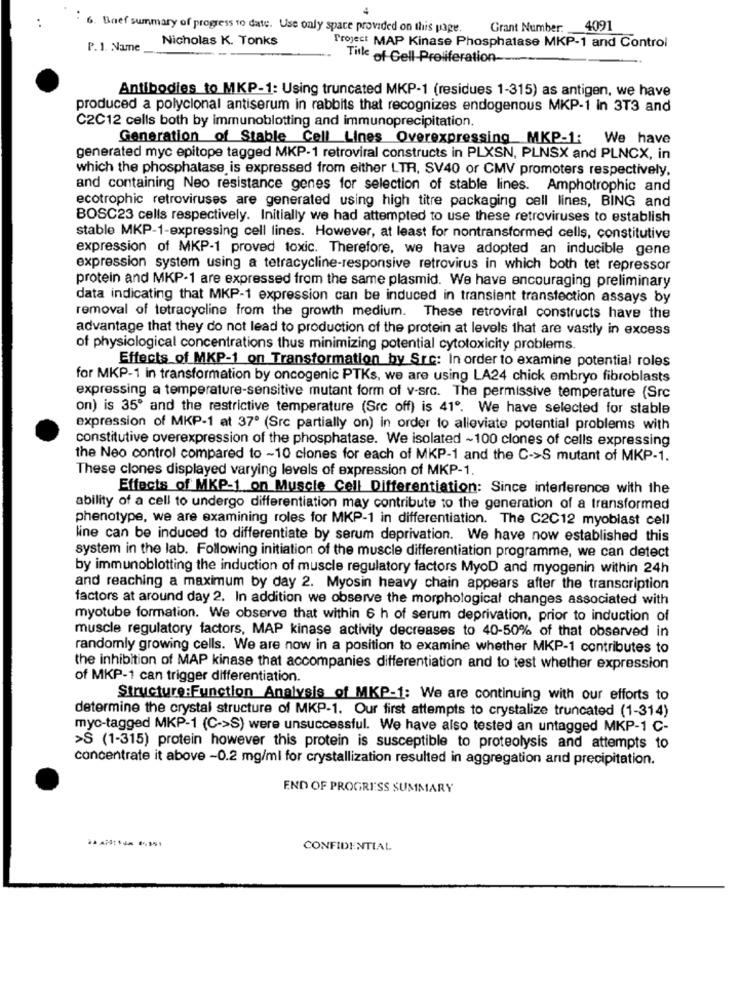
6. Brief summary of progress to date. Use only space provided on this page.
Grant Number: 4091
Nicholas K. Tonks
P. 1. Name
Project MAP Kinase Phosphatase MKP-1 and Control
Title of Cell-Proliferation-
Antibodies to MKP-1: Using truncated MKP-1 (residues 1-315) as antigen, we have
produced a polyclonal antiserum in rabbits that recognizes endogenous MKP-1 in 3T3 and
C2C12 cells both by immunoblotting and immunoprecipitation.
Generation of Stable Cell Lines Overexpressing MKP-1: We have
generated myc epitope tagged MKP-1 retroviral constructs in PLXSN, PLNSX and PLNCX, in
which the phosphatase is expressed from either LTR, SV40 or CMV promoters respectively.
and containing Neo resistance genes for selection of stable lines. Amphotrophic and
ecotrophic retroviruses are generated using high titre packaging cell lines, BING and
BOSC23 cells respectively. Initially we had attempted to use these retroviruses to establish
stable MKP-1-expressing cell lines. However, at least for nontransformed cells, constitutive
expression of MKP-1 proved toxic. Therefore, we have adopted an inducible gene
expression system using a tetracycline-responsive retrovirus in which both tet repressor
protein and MKP-1 are expressed from the same plasmid. We have encouraging preliminary
data indicating that MKP-1 expression can be induced in transient transfection assays by
removal of tetracycline from the growth medium. These retroviral constructs have the
advantage that they do not lead to production of the protein at levels that are vastly in excess
of physiological concentrations thus minimizing potential cytotoxicity problems
Effects of MKP-1 on Transformation by Sre: In order to examine potential roles
for MKP-1 in transformation by oncogenic PTKs, we are using LA24 chick embryo fibroblasts
expressing a temperature-sensitive mutant form of v-src. The permissive temperature (Src
on) is 35' and the restrictive temperature (Src off) is 41º. We have selected for stable
expression of MKP-1 at 37º (Src partially on) in order to alleviate potential problems with
constitutive overexpression of the phosphatase. We isolated ~100 clones of cells expressing
the Neo control compared to -10 clones for each of MKP-1 and the C->S mutant of MKP-1.
These clones displayed varying levels of expression of MKP-1.
Effects of MKP-1 on Muscle Cell Differentiation: Since interference with the
ability of a cell to undergo differentiation may contribute to the generation of a transformed
phenotype, we are examining roles for MKP-1 in differentiation. The C2C12 myoblast cell
line can be induced to differentiate by serum deprivation. We have now established this
system in the lab. Following initiation of the muscle differentiation programme, we can detect
by immunoblotting the induction of muscle regulatory factors MyoD and myogenin within 24h
and reaching a maximum by day 2. Myosin heavy chain appears after the transcription
factors at around day 2. In addition we observe the morphologicat changes associated with
myotube formation. We observe that within 6 h of serum deprivation, prior to induction of
muscle regulatory factors, MAP kinase activity decreases to 40-50% of that observed in
randomly growing cells. We are now in a position to examine whether MKP-1 contributes to
the inhibition of MAP kinase that accompanies differentiation and to test whether expression
of MKP-1 can trigger differentiation.
Structure:Function Analysis of MKP-1: We are continuing with our efforts to
determine the crystal structure of MKP-1. Our first attempts to crystalize truncated (1-314)
myc-tagged MKP-1 (C->S) were unsuccessful. We have also tested an untagged MKP-1 ℃-
>S (1-315) protein however this protein is susceptible to proteolysis and attempts to
concentrate it above -0.2 mg/ml for crystallization resulted in aggregation and precipitation.
END OF PROGRESS SUMMARY
CONFIDENTIAL